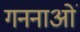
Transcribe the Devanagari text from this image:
गननाओं